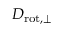
D _ { \mathrm { r o t , \perp } }